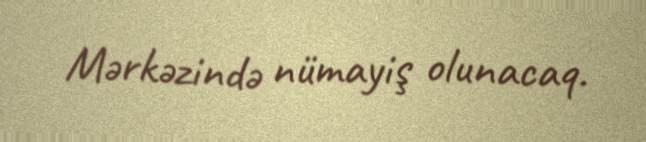
Mərkəzində nümayiş olunacaq.